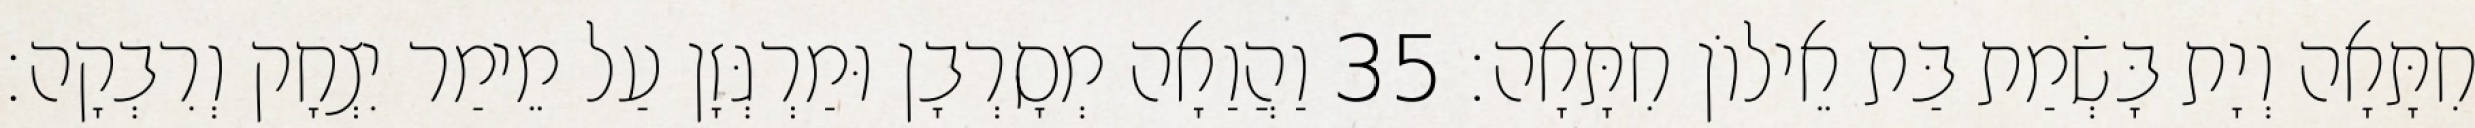
חִתָּאָה וְיָת בָּשְׂמַת בַּת אֵילוֹן חִתָּאָה׃ 35 וַהֲוַאָה מְסָרְבָן וּמַרְגְּזָן עַל מֵימַר יִצְחָק וְרִבְקָה׃